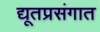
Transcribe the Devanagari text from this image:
द्यूतप्रसंगात